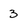
Character: 3